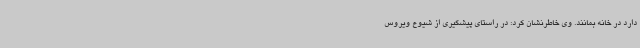
دارد در خانه بمانند. وی خاطرنشان کرد: در راستای پیشگیری از شیوع ویروس